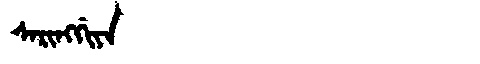
Manchu: ᠰᠠᡵᡳᠩᡤᡳᠶᠠ
Romanization: SARINGGIYA